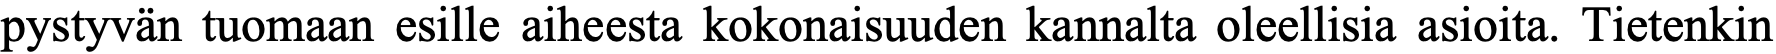
pystyvän tuomaan esille aiheesta kokonaisuuden kannalta oleellisia asioita. Tietenkin